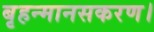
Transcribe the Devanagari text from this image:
बृहन्मानसकरण।